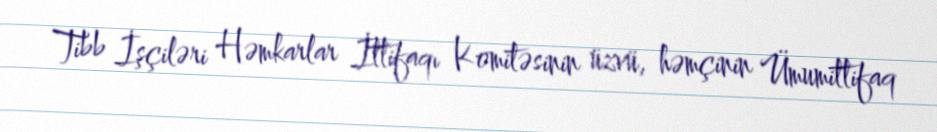
Tibb İşçiləri Həmkarlar İttifaqı Komitəsinin üzvü, həmçinin Ümumittifaq